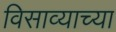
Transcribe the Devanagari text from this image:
विसाव्याच्या